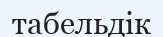
табельдік